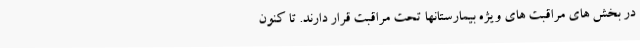
در بخش های مراقبت های ویژه بیمارستانها تحت مراقبت قرار دارند. تا کنون